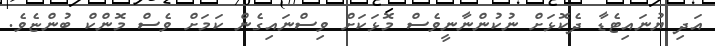
އަދި ޔުނައިޓެޑާ ދެކޮޅަށް ނުކުންނާނީވެސް މޮޅަަކަށް ވިސްނައިގެން ކަމަށް ވެސް މޮންކް ބުންޏެވެ.